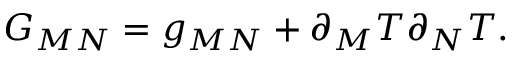
G _ { M N } = g _ { M N } + \partial _ { M } T \partial _ { N } T .